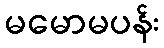
မမောမပန်း